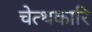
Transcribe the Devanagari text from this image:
चेत्थकारि